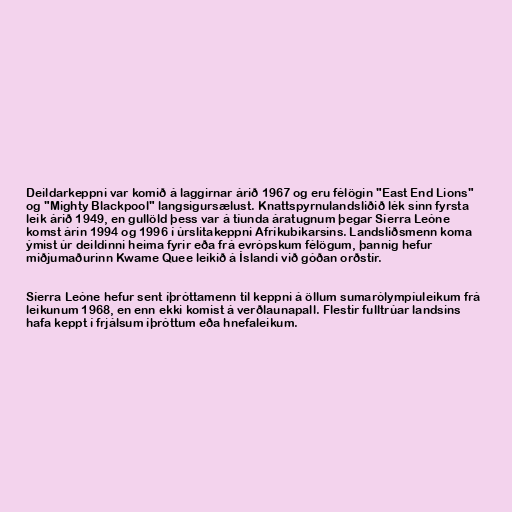
Deildarkeppni var komið á laggirnar árið 1967 og eru félögin "East End Lions"
og "Mighty Blackpool" langsigursælust. Knattspyrnulandsliðið lék sinn fyrsta
leik árið 1949, en gullöld þess var á tíunda áratugnum þegar Síerra Leóne
komst árin 1994 og 1996 í úrslitakeppni Afríkubikarsins. Landsliðsmenn koma
ýmist úr deildinni heima fyrir eða frá evrópskum félögum, þannig hefur
miðjumaðurinn Kwame Quee leikið á Íslandi við góðan orðstír.

Síerra Leóne hefur sent íþróttamenn til keppni á öllum sumarólympíuleikum frá
leikunum 1968, en enn ekki komist á verðlaunapall. Flestir fulltrúar landsins
hafa keppt í frjálsum íþróttum eða hnefaleikum.